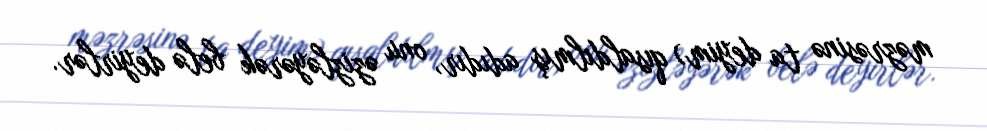
məzrəsinə ta deyim) qısaldılmış adıdır, onu əzizləyərək belə deyirlər.